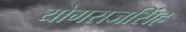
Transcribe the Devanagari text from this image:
योगराजसिंह